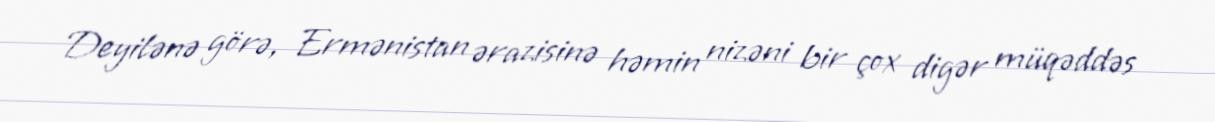
Deyilənə görə, Ermənistan ərazisinə həmin nizəni bir çox digər müqəddəs